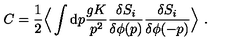
C = { \frac { 1 } { 2 } } \Big \langle \int \mathrm { d } p { \frac { g K } { p ^ { 2 } } } { \frac { \delta S _ { i } } { \delta \phi ( p ) } } { \frac { \delta S _ { i } } { \delta \phi ( - p ) } } \Big \rangle \ .